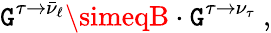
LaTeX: \mathtt{G}^{\tau\rightarrow\bar{{\nu}}_{\ell}}\simeqB\cdot\mathtt{G}^{\tau\rightarrow{\nu}_{\tau}}\ ,